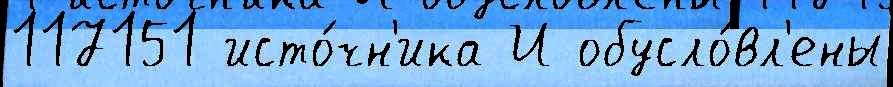
117151 исто́чн'ика И обусло́вл'ены